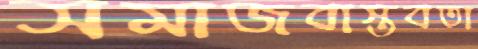
সমাজবাস্তবতা